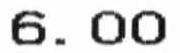
6.00